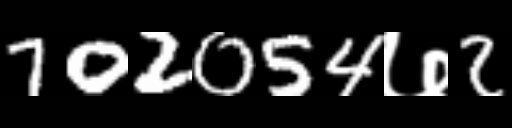
Text: 702054७2